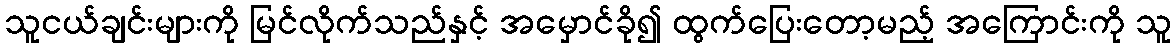
သူငယ်ချင်းများကို မြင်လိုက်သည်နှင့် အမှောင်ခို၍ ထွက်ပြေးတော့မည့် အကြောင်းကို သူ